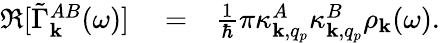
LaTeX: \begin{array}{rlr}{\Re[\tilde{\Gamma}_{\mathbf k}^{AB}(\omega)]}&{{}=}&{\frac{1}{\hbar}\pi\kappa_{{\mathbf k},q_{p}}^{A}\kappa_{{\mathbf k},q_{p}}^{B}\rho_{{\mathbf k}}(\omega).}\end{array}